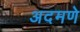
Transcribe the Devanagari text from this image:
अदमणे